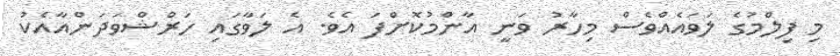
މި ފިލްމުގެ ލަވައެއްވެސް މިހާރު ވަނީ އާންމުކޮށްފަ އެވެ. އެ ލަވާގައި ހަރްޝްވަދަންއާއެކު